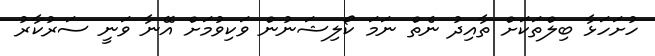
ހުށަހަޅާ ބިލްތަކަށް ތާއިދު ނެތް ނަމަ ކޯލިޝަނުން ވަކިވުމަށް އޭނާ ވަނީ ސަރުކާރު